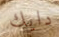
دايك